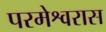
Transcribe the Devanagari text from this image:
परमेश्वरास